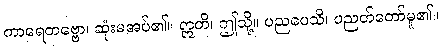
ကာရေတဗ္ဗော၊ ဆုံးမအပ်၏။ ဣတိ၊ ဤသို့။ ပညပေသိ၊ ပညတ်တော်မူ၏။